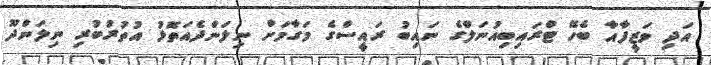
އަދި ވަޒީފާއާ ބެހޭ ޓްރައިބިއުނަލްގެ ނައިބު ރައީސްގެ މަގާމަށް ނިލަންދެއަތޮޅު އުތުރުބުރި ނިލަންދޫ